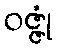
ဝဇ္ဇုံ